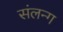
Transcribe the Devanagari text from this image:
संलन्ग